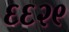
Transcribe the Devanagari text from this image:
६६२९